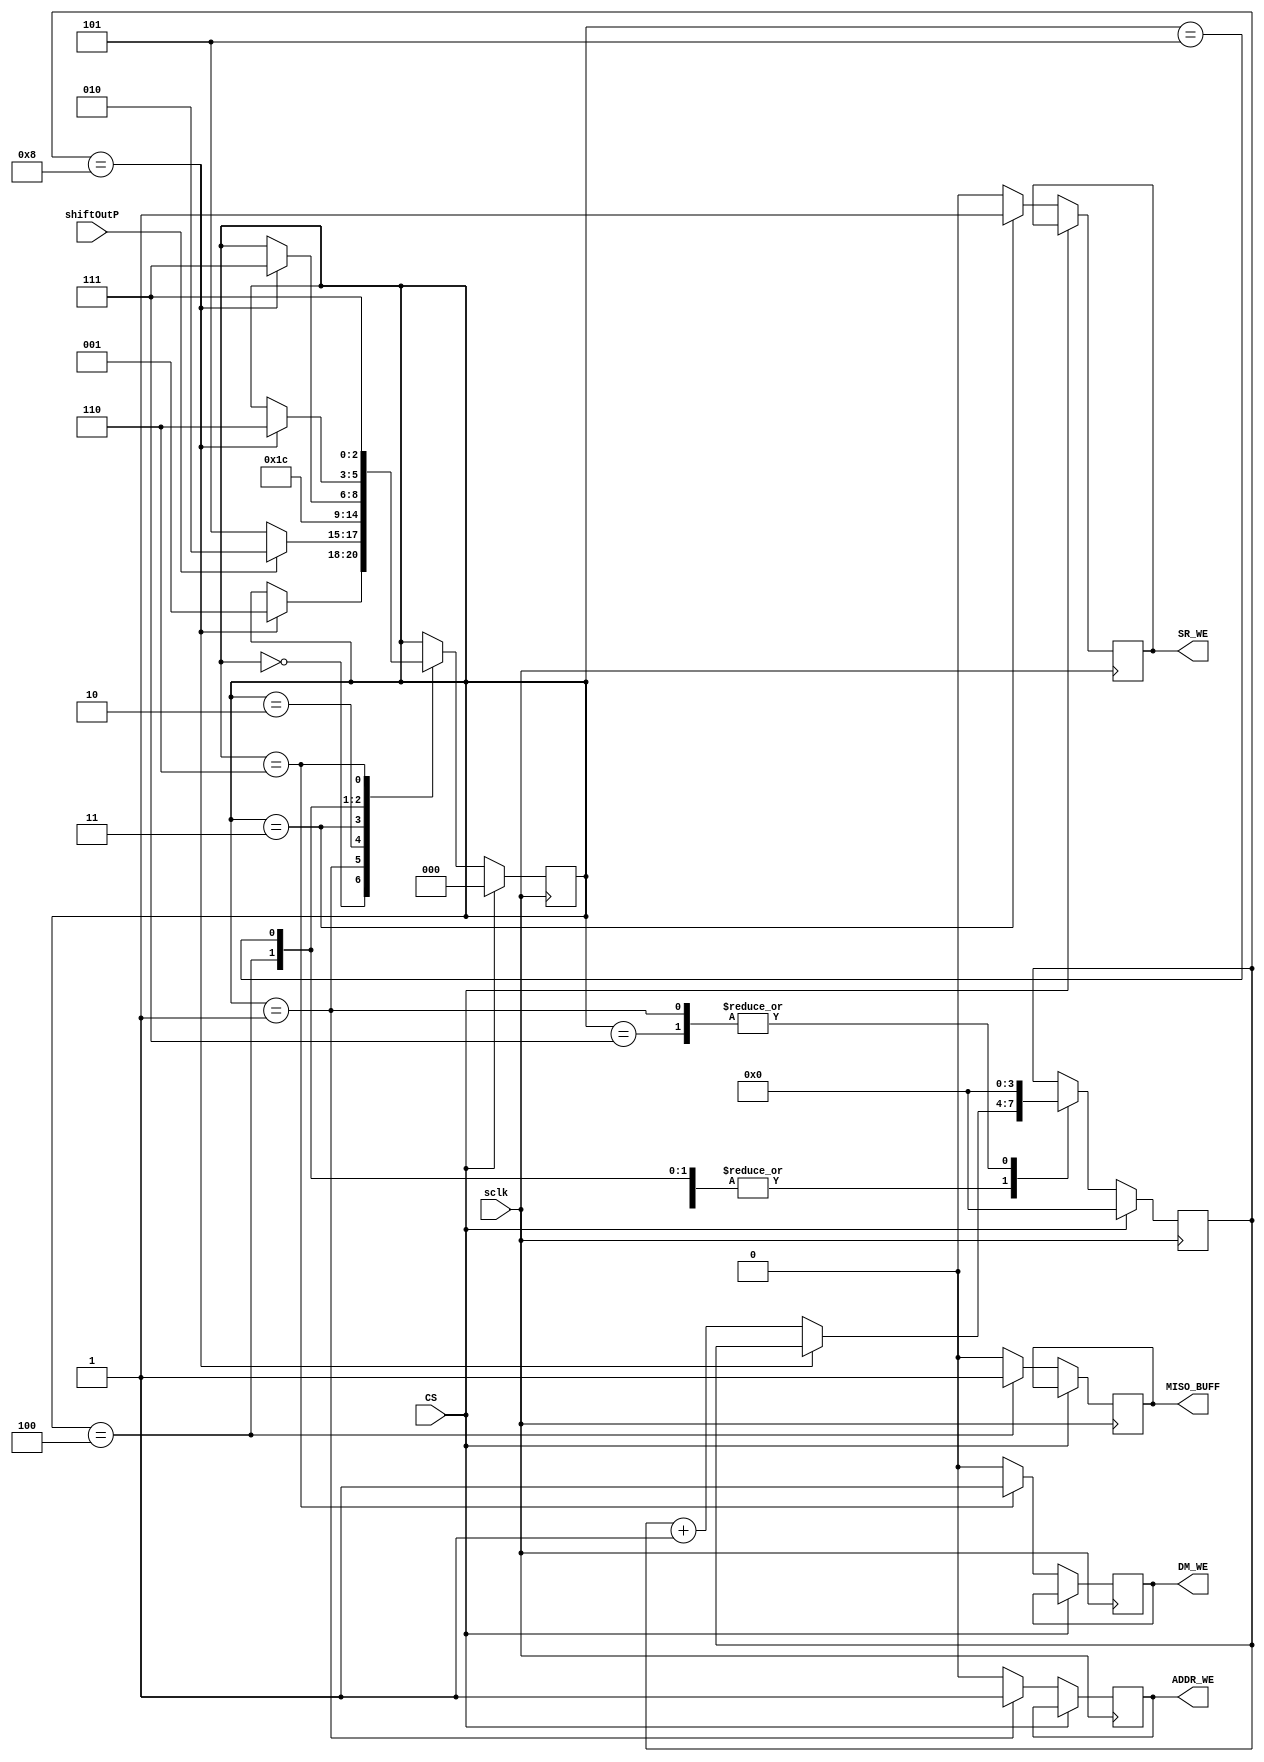
// Finite state machine

module finitestatemachine(
	   	input sclk,   //clock
	   	input CS,     //reset signal
        input shiftOutP,  //shift register output
        output reg MISO_BUFF,  //Master-in slave-out
        output reg DM_WE,  //Data memory write-enable 
        output reg ADDR_WE,  //Write-enable for address latch
        output reg SR_WE  //Parallel load
);

	parameter 	SIZE = 3;  
	parameter	GET = 0,
				GOT = 1,
				READ1 = 2, 
				READ2 = 3,
				READ3 = 4,
				WRITE1 = 5,
				WRITE2 = 6,
				DONE = 7;
	//Binary encoding for phases
	reg [3:0] counter; //initiate counter
	// initial counter  = 0;
	reg [SIZE-1:0] state;

	always @(posedge sclk) begin

		if (CS) begin  //Reset counter when cs is 1
			state <= GET;
			counter <= 0;

		end else begin
			MISO_BUFF <= 0;
			DM_WE <= 0;
			ADDR_WE <= 0;
			SR_WE <= 0;

			case(state)
				GET: begin
					if (counter == 8) begin
						state <= GOT;
					end else begin
						counter <= counter + 1;
					end
					end
				GOT: begin //read the LSB bit to determine whether to read or write
					counter <= 0;
					ADDR_WE <= 1;
					if (shiftOutP) // read
						state <= READ1; //move to READ1
					else // write
						state <= WRITE1; //move to WRITE1
					end
					
				READ1: begin //Data memory being read
					state <= READ2;
					end
					
				READ2: begin  //Push the calue to shift register
					SR_WE <= 1;  //Enable parallel load
					state <= READ3;
					end
					
				READ3: begin //Count the number of bits read
					MISO_BUFF <= 1;
					if (counter == 8) begin
						state <= DONE;
					end else begin
						counter <= counter + 1;
					end
					end
					
				WRITE1: begin  //Count the number of bits stored
					if (counter == 8) begin
						state <= WRITE2;
					end else begin
						counter <= counter + 1;
					end
					end
					
				WRITE2: begin  //Write to data memory
					DM_WE <= 1; //Enable write enble for data memory
					state <= DONE;
					end
					
				DONE: begin  //Done for one cycle
					counter <= 0;
					end
		endcase
		end
	end
endmodule